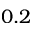
0 . 2